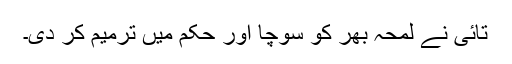
تائی نے لمحہ بھر کو سوچا اور حکم میں ترمیم کر دی۔